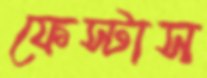
ফেস্টাস